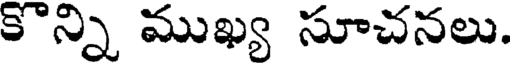
కొన్ని ముఖ్య సూచనలు.